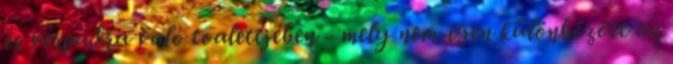
és vérpadra való toalettjében - mely nem-igen különbözött az